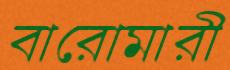
বারোমারী